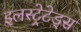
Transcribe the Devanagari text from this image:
इलस्ट्रेटेड्स